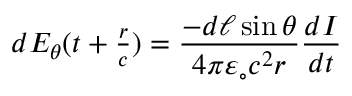
d E _ { \theta } ( t + \textstyle { \frac { r } { c } } ) = \displaystyle { \frac { - d \ell \sin \theta } { 4 \pi \varepsilon _ { \circ } c ^ { 2 } r } } { \frac { d I } { d t } }